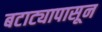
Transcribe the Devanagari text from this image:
बटाट्यापासून